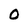
Character: O